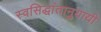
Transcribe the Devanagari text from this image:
स्वसिद्धांतानुयायी